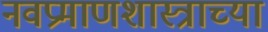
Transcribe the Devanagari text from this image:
नवप्रमाणशास्त्राच्या